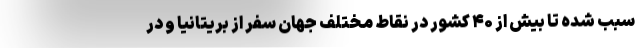
سبب شده تا بیش از ۴۰ کشور در نقاط مختلف جهان سفر از بریتانیا و در